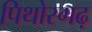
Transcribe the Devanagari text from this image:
पिथोरगढ़